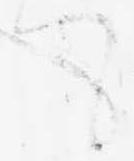
て